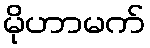
မိုဟာမက်